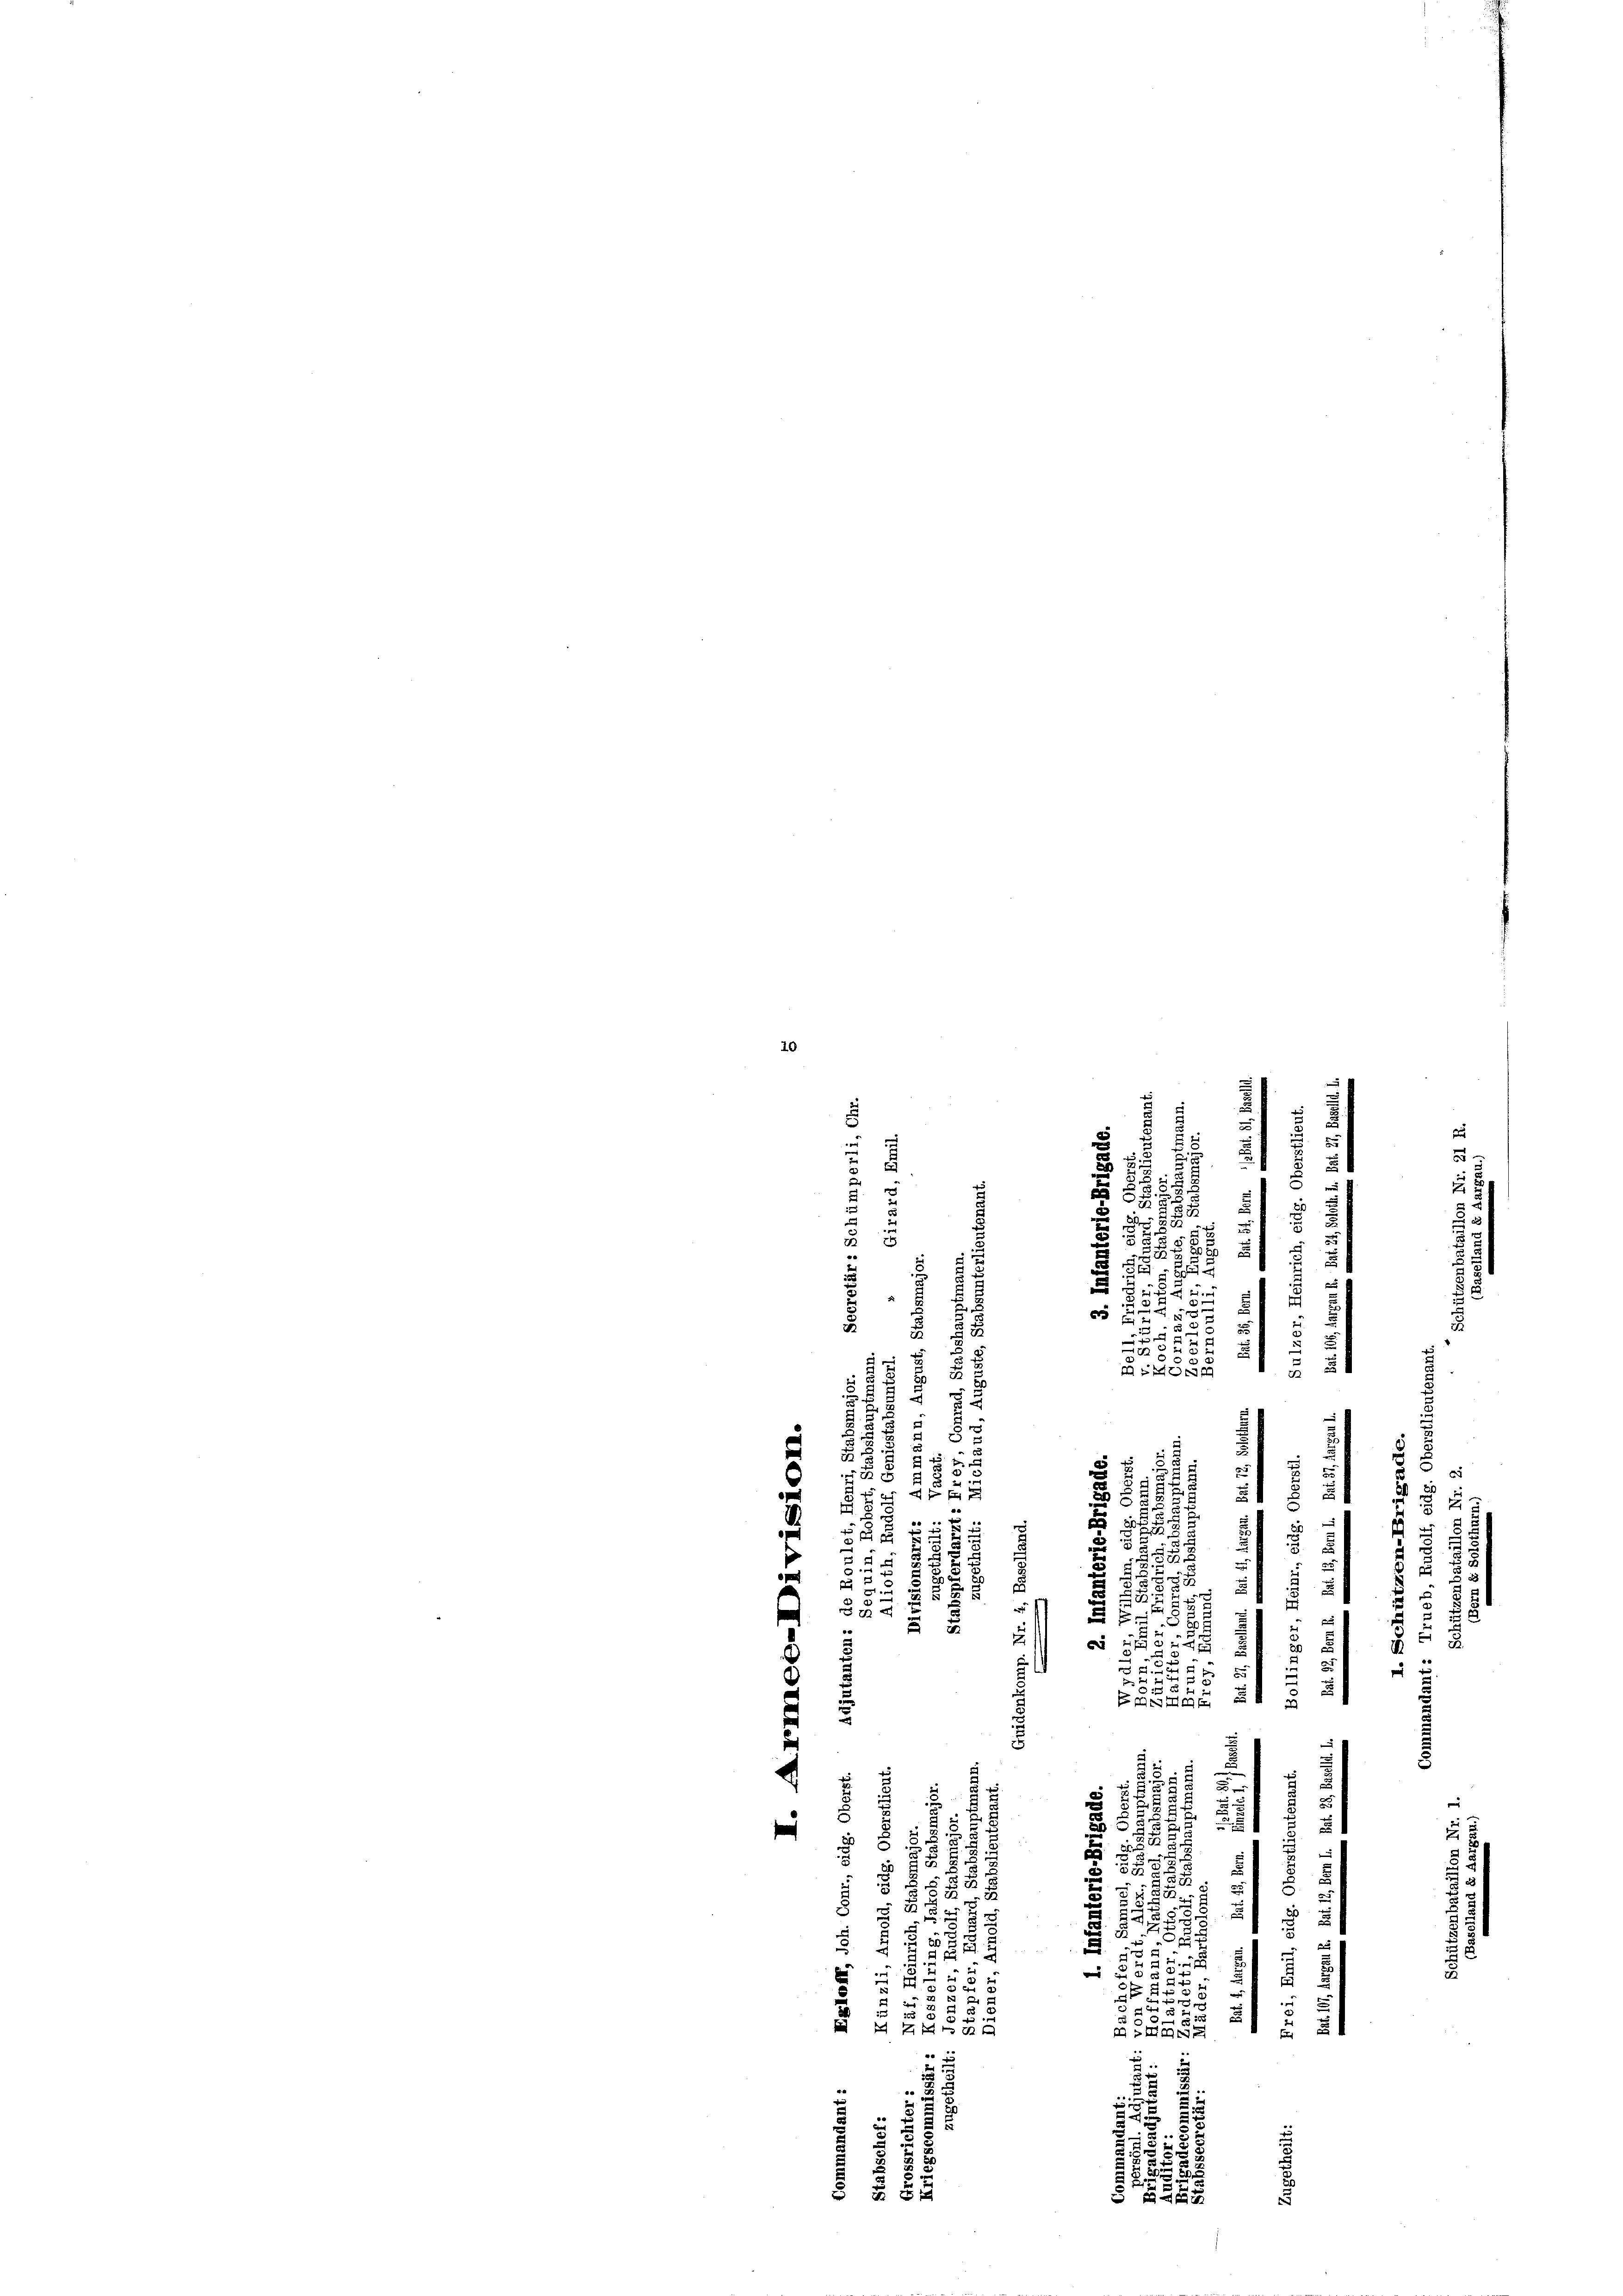
20
.
5
 x

s
 138

c
22 u.
n
.
2.

de
2
 x 2 x
2
1

m

e
.
u
.
.

2
s
4

s
.
255
u

e
e
 2 x

.
5
.
2
.
.
.
2

5
s

e
3.

47
3
85

e

d

z
s
s
t

58 x

e
r
2

8
u
s
d

5
5 x 2 x
e
u
 51
u
2
n
u

f
s
d
un

e

.
d
d

2
n
5
2
s
e
E
8
g
u
¬

2
u

x
8 § 2
§. §. 2.
.
x

d
5
5
x

5
8
25
21

3
s
e
5
i
2
t

5
.

 55 x
e
3